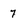
Character: 7